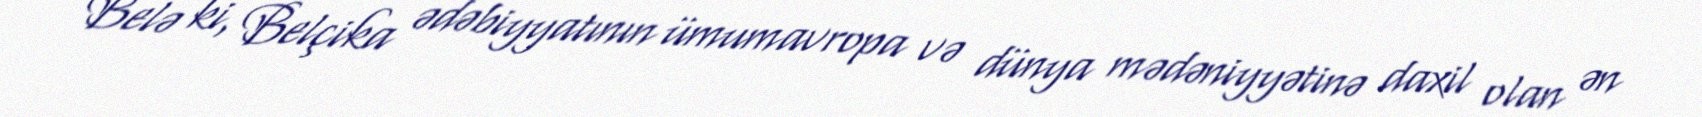
Belə ki, Belçika ədəbiyyatının ümumavropa və dünya mədəniyyətinə daxil olan ən